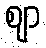
ဈာ